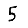
Digit: 5